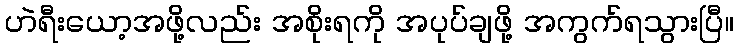
ဟဲရီးယော့အဖို့လည်း အစိုးရကို အပုပ်ချဖို့ အကွက်ရသွားပြီ။